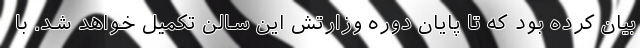
بیان کرده بود که تا پایان دوره وزارتش این سالن تکمیل خواهد شد. با